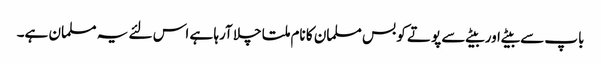
باپ سے بیٹے اور بیٹے سے پوتے کو بس مسلمان کا نام ملتا چلا آرہا ہے اس لئے یہ مسلمان ہے۔